Indian Civil Veterinary Department memoirs
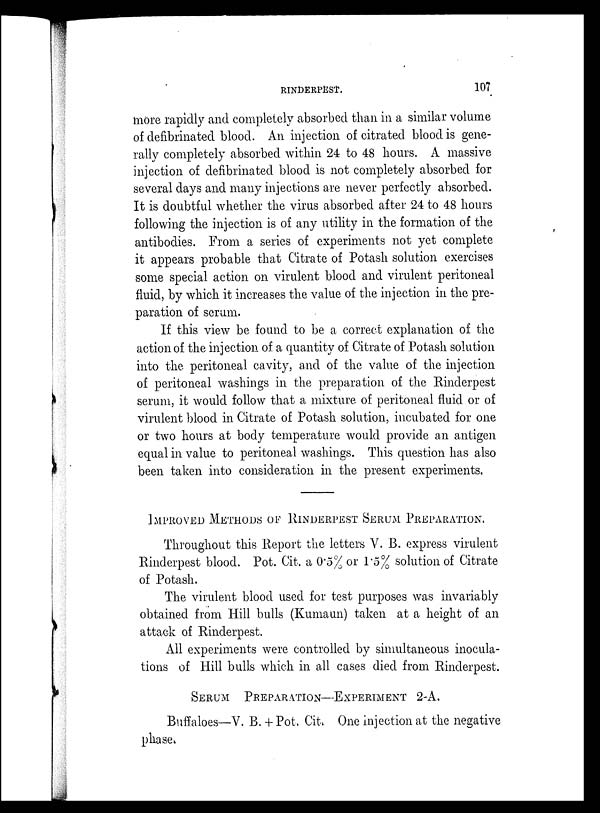
RINDERPEST.
107
more rapidly and completely absorbed than in a similar volume
of defibrinated blood. An injection of citrated blood is gene-
rally completely absorbed within 24 to 48 hours. A massive
injection of defibrinated blood is not completely absorbed for
several days and many injections are never perfectly absorbed.
It is doubtful whether the virus absorbed after 24 to 48 hours
following the injection is of any utility in the formation of the
antibodies. From a series of experiments not yet complete
it appears probable that Citrate of Potash solution exercises
some special action on virulent blood and virulent peritoneal
fluid, by which it increases the value of the injection in the pre-
paration of serum.
If this view be found to be a correct explanation of the
action of the injection of a quantity of Citrate of Potash solution
into the peritoneal cavity, and of the value of the injection
of peritoneal washings in the preparation of the Rinderpest
serum, it would follow that a mixture of peritoneal fluid or of
virulent blood in Citrate of Potash solution, incubated for one
or two hours at body temperature would provide an antigen
equal in value to peritoneal washings. This question has also
been taken into consideration in the present experiments.
IMPROVED METHODS OF RINDERPEST SERUM PREPARATION.
Throughout this Report the letters V. B. express virulent
Rinderpest blood. Pot. Cit. a 0.5% or 1.5% solution of Citrate
of Potash.
The virulent blood used for test purposes was invariably
obtained from Hill bulls (Kumaun) taken at a height of an
attack of Rinderpest.
All experiments were controlled by simultaneous inocula-
tions of Hill bulls which in all cases died from Rinderpest.
SERUM PREPARATION-EXPERIMENT 2-A.
Buffaloes—V. B. + Pot. Cit. One injection at the negative
phase.